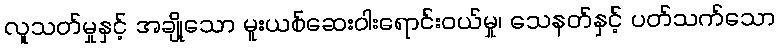
လူသတ်မှုနှင့် အချို့သော မူးယစ်ဆေးဝါးရောင်းဝယ်မှု၊ သေနတ်နှင့် ပတ်သက်သော